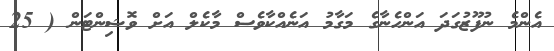
އެންމެ ނުފޫޒުގަދަ އަންހެނާގެ މަގާމު އަނެއްކާވެސް މާކެލް އަށް ވޮޝިންޓަން ( 25